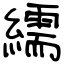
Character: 繻